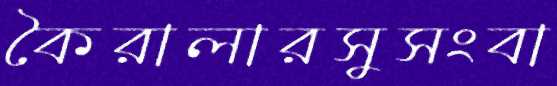
কৈরালারসুসংবা